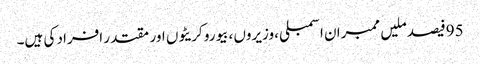
95فیصد ملیں ممبران اسمبلی ،وزیروں ،بیورو کریٹوں اور مقتدر افراد کی ہیں۔